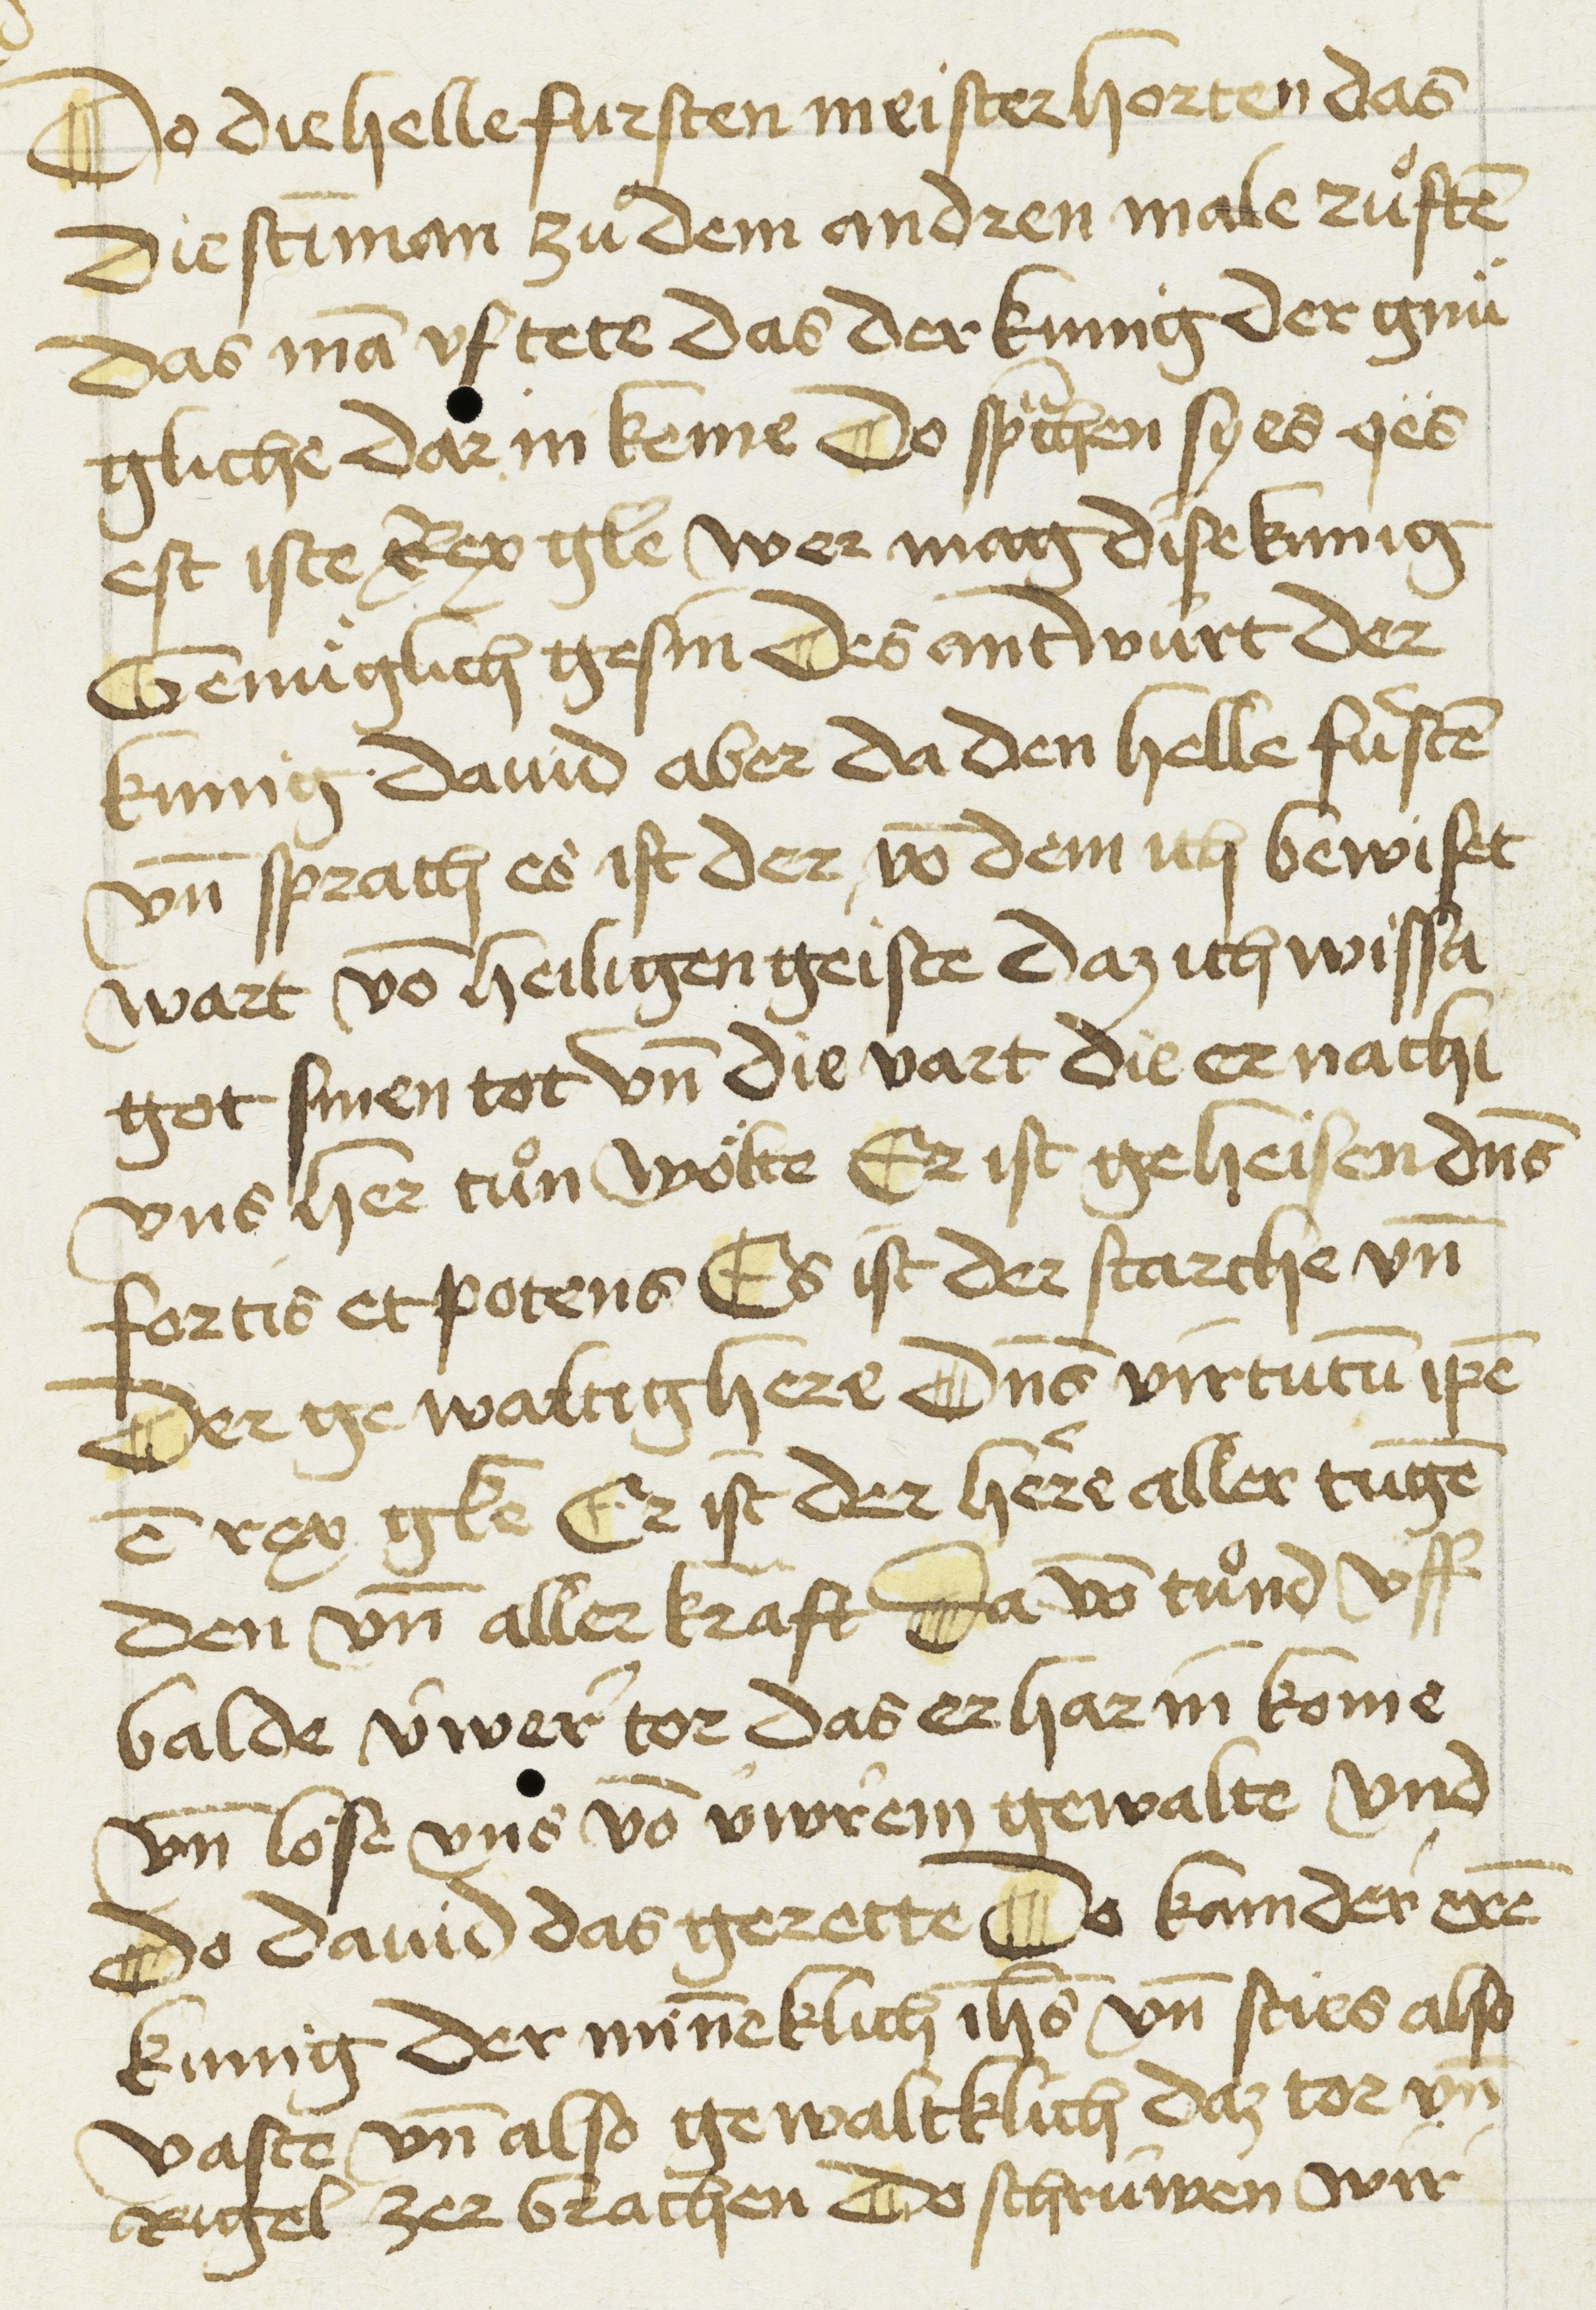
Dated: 1450–1499